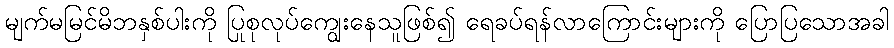
မျက်မမြင်မိဘနှစ်ပါးကို ပြုစုလုပ်ကျွေးနေသူဖြစ်၍ ရေခပ်ရန်လာကြောင်းများကို ပြောပြသောအခါ